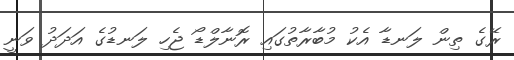
ރޭގެ ތިން ލަނޑާ އެކު މުބާރާތުގައި ރޮނާލްޑޯ ޖެހި ލަނޑުގެ އަދަދު ވަނީ